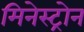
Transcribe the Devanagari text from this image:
मिनेस्ट्रोन